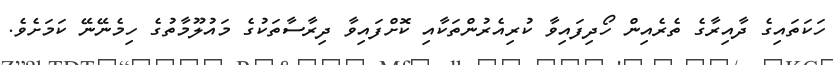
ހަކަތައިގެ ދާއިރާގެ ތެރެއިން ހޯދިފައިވާ ކުރިއެރުންތަކާއި ކޮށްފައިވާ ދިރާސާތަކުގެ މައުލޫމާތުގެ ހިމެނޭނޭ ކަމަށެވެ.